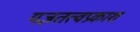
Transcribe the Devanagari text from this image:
यज्ञतत्वप्रकाश